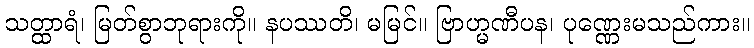
သတ္ထာရံ၊ မြတ်စွာဘုရားကို။ နပဿတိ၊ မမြင်။ ဗြာဟ္မဏီပန၊ ပုဏ္ဏေးမသည်ကား။